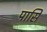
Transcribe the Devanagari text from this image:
पासि